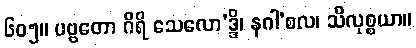
၆၀၅။ ပဗ္ဗတော ဂိရိ သေလော’ဒ္ဒိ၊ နဂါ’စလ၊ သိလုစ္စယာ။